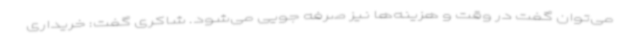
می‌توان گفت در وقت و هزینه‌ها نیز صرفه جویی می‌شود. شاکری گفت: خریداری